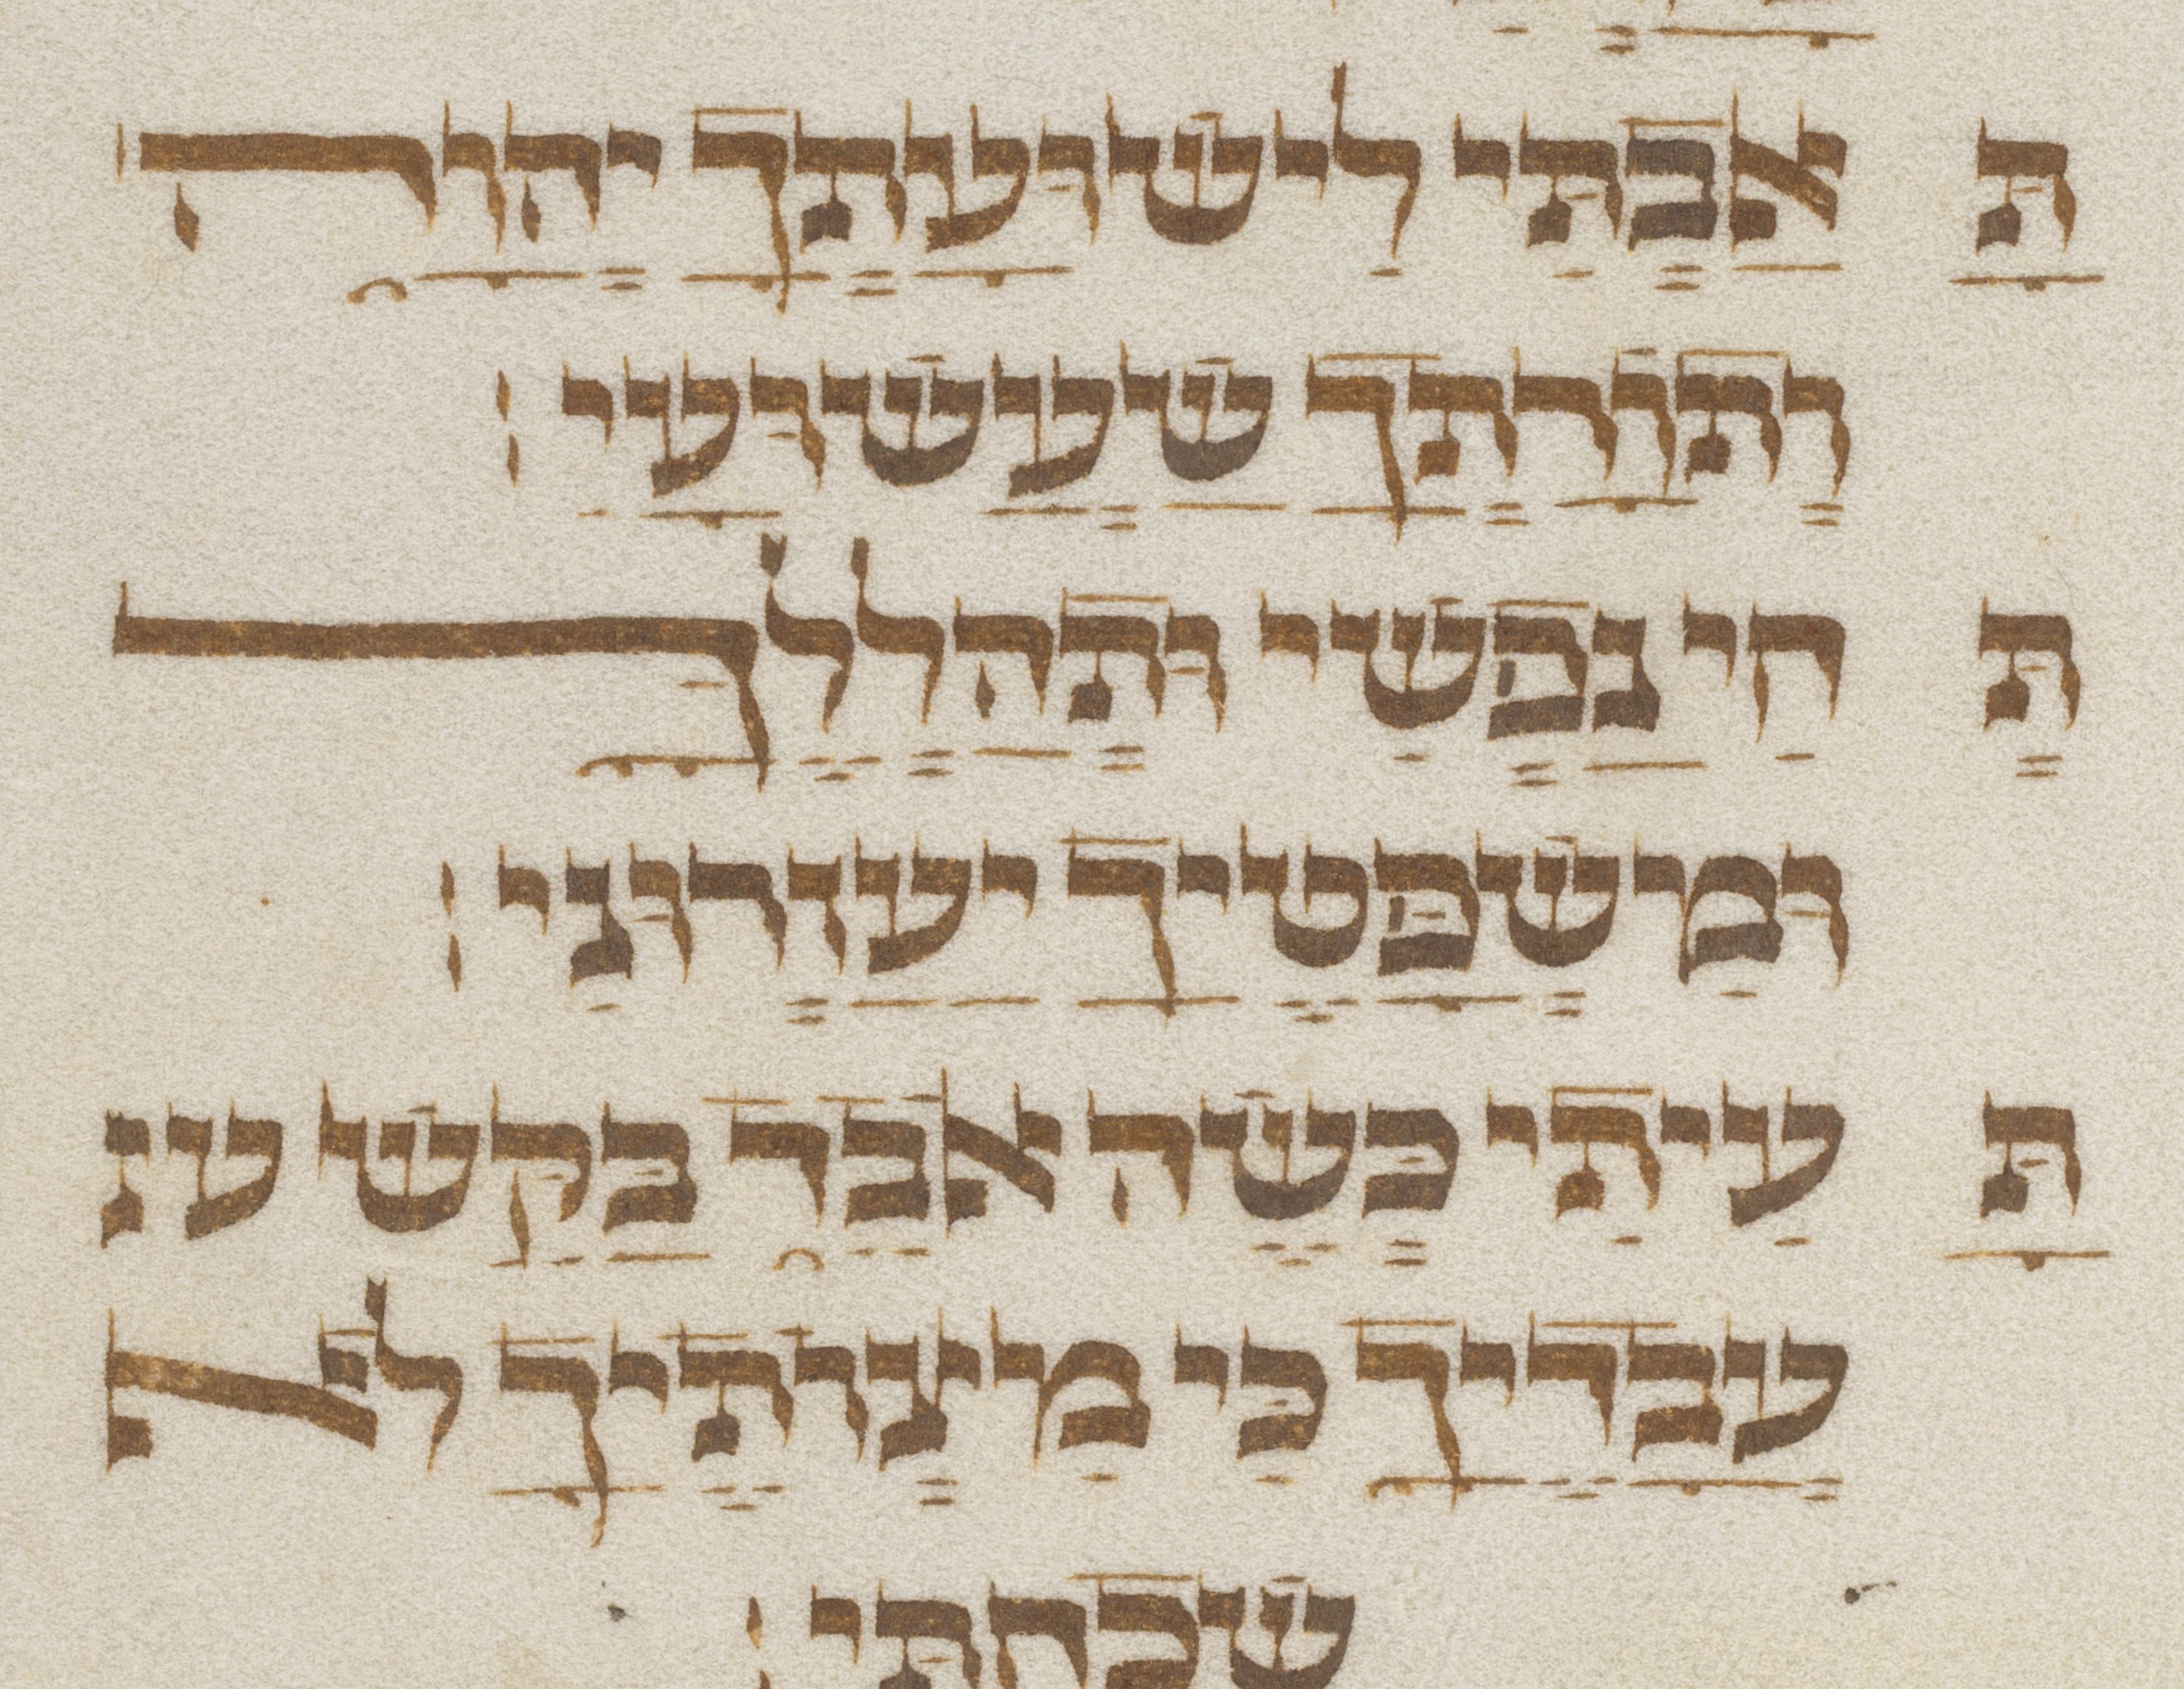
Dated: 1300–1499